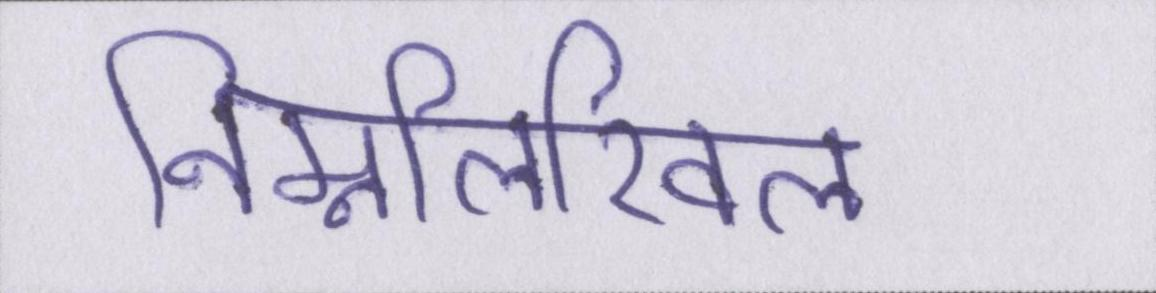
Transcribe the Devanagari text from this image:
निम्नलिखिल